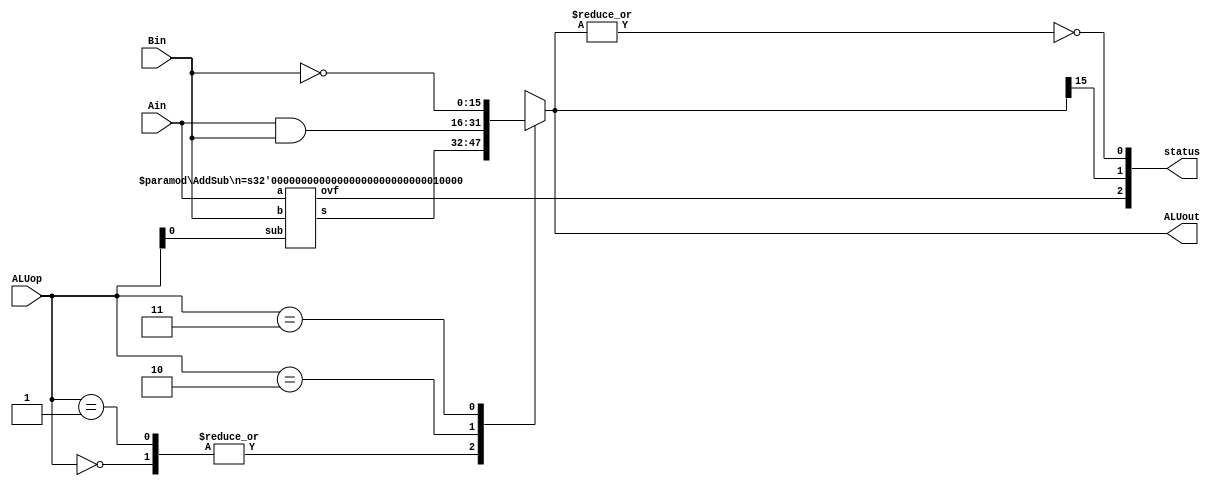
module alu(Ain, Bin, ALUop, ALUout, status);
	parameter n = 16;
	input wire [n-1:0] Ain, Bin;
	input wire [1:0] ALUop;
	output reg [n-1:0] ALUout;
	output reg [2:0] status;
	
	wire [n-1:0] ABout;
	wire overflow;
	reg negative, zero;
	
	// Instantiate adder/subtractor for Ain, Bin, check for overflow
	AddSub #(n) as(Ain, Bin, ALUop[0], ABout, overflow);
	
	always @(*) begin
		// Compute arithmetic/logical operations based on ALUop value
		case(ALUop)
			2'b00: ALUout = ABout;
			2'b01: ALUout = ABout;
			2'b10: ALUout = Ain & Bin;
			2'b11: ALUout = ~Bin;
		endcase
		// Compute flags
		negative = ALUout[n-1];
		zero = ~(|ALUout);
		// status[0] is zero flag
		// status[1] is neg flag
		// status[2] is ovf flag
		status = {overflow, negative, zero};
	end
endmodule

module AddSub(a, b, sub, s, ovf);
	parameter n = 8;
	input [n-1:0] a, b;
	input sub;
	output [n-1:0] s;
	output ovf;
	
	wire c1, c2;
	// Overflow if signs don't match
	wire ovf = c1 ^ c2;
	// Add non sign bits
	Adder1 #(n-1) ai(a[n-2:0], b[n-2:0] ^ {n-1{sub}}, sub, c1, s[n-2:0]);
	// Add sign bits
	Adder1 #(1) as(a[n-1], b[n-1] ^ sub, c1, c2, s[n-1]); 
endmodule

module Adder1(a, b, cin, cout, s);
	parameter n = 8;
	input [n-1:0] a, b;
	input cin;
	output wire [n-1:0] s;
	output wire cout;
	
	assign {cout, s} = a + b + cin;
endmodule